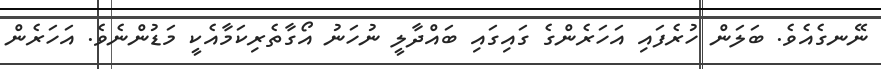
ނޭނގެއެވެ. ބަލަން ހުރެފައި އަހަރެންގެ ގައިގައި ބައްދާލީ ނުހަނު އޯގާތެރިކަމާއެކީ މަޑުންނެވެ. އަހަރެން